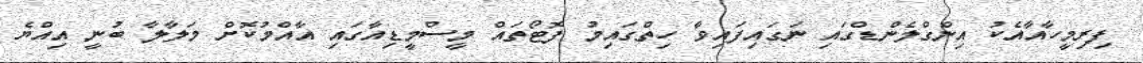
ފިރިމީހާއާއެކު އިންގްލެންޑްގައި ނަގައިފައިވާ ހިތްގައިމު ފޮޓޯތައް މީސްމީޑިއާގައި އާއްމުކޮށް މަލާލާ ބުނީ އިއްޔެ